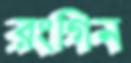
রংগিন